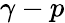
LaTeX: \gamma-p